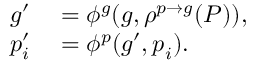
\begin{array} { r l } { \boldsymbol { g } ^ { \prime } } & { { } = \phi ^ { g } ( \boldsymbol { g } , \rho ^ { p \to g } ( P ) ) , } \\ { \boldsymbol { p } _ { i } ^ { \prime } } & { { } = \phi ^ { p } ( \boldsymbol { g } ^ { \prime } , \boldsymbol { p } _ { i } ) . } \end{array}